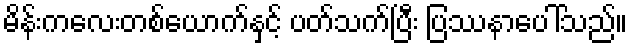
မိန်းကလေးတစ်ယောက်နှင့် ပတ်သက်ပြီး ပြဿနာပေါ်သည်။